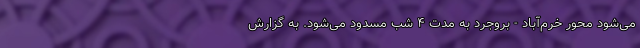
می‌شود محور خرم‌آباد - بروجرد به مدت ۴ شب مسدود می‌شود. به گزارش